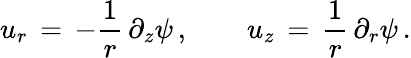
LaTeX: u_{r}\, =\, -\frac{1}{r}\, \partial_{z}\psi\, ,\qquad u_{z}\, =\, \frac{1}{r}\, \partial_{r}\psi\, .